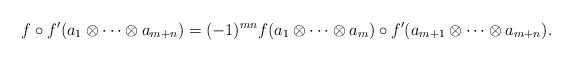
\begin{align*}f \circ f'(a_1 \otimes \cdots \otimes a_{m+n})=(-1)^{mn} f(a_1 \otimes \cdots \otimes a_m) \circ f'(a_{m+1} \otimes \cdots \otimes a_{m+n}). \end{align*}